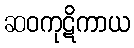
ဆဝကုဋိကာယ